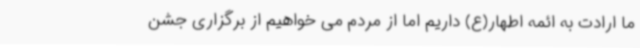
ما ارادت به ائمه اطهار(ع) داریم اما از مردم می خواهیم از برگزاری جشن